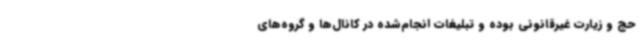
حج و زیارت غیرقانونی بوده و تبلیغات انجام‌شده در کانال‌ها و گروه‌های